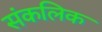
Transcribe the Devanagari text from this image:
संकलिक